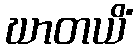
ဃာတယိံ